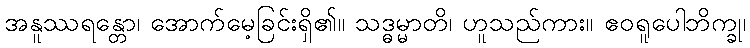
အနူဿရန္တော၊ အောက်မေ့ခြင်းရှိ၏။ သဒ္ဓမ္မာတိ၊ ဟူသည်ကား။ ဧဝရူပေါဘိက္ခု၊